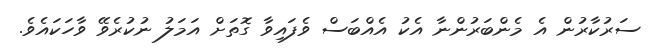
ސަރުކާރުން އެ މެންބަރުންނާ އެކު އެއްބަސް ވެފައިވާ ގޮތަށް އަމަލު ނުކުރެވޭ ވާހަކައެވެ.